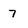
Character: 7